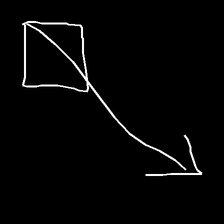
Glyph: focus